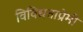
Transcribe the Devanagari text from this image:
विविधताप्रेमी